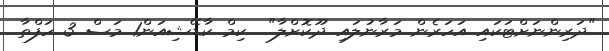
"ދަރިންނަށްޓަކައި އަހަރެން މަރާނުލައި ދޫކޮށްލާ"  ކިމް ކާޑޭޝިއަން1 މަސް 3 ހަފްތާ